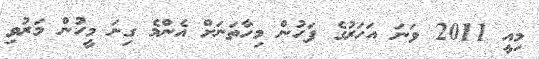
މިއީ 2011 ވަނަ އަހަރުގެ ފަހުން މިހާތަނަށް އެންމެ ގިނަ މީހުން މަރުވި